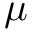
\mu